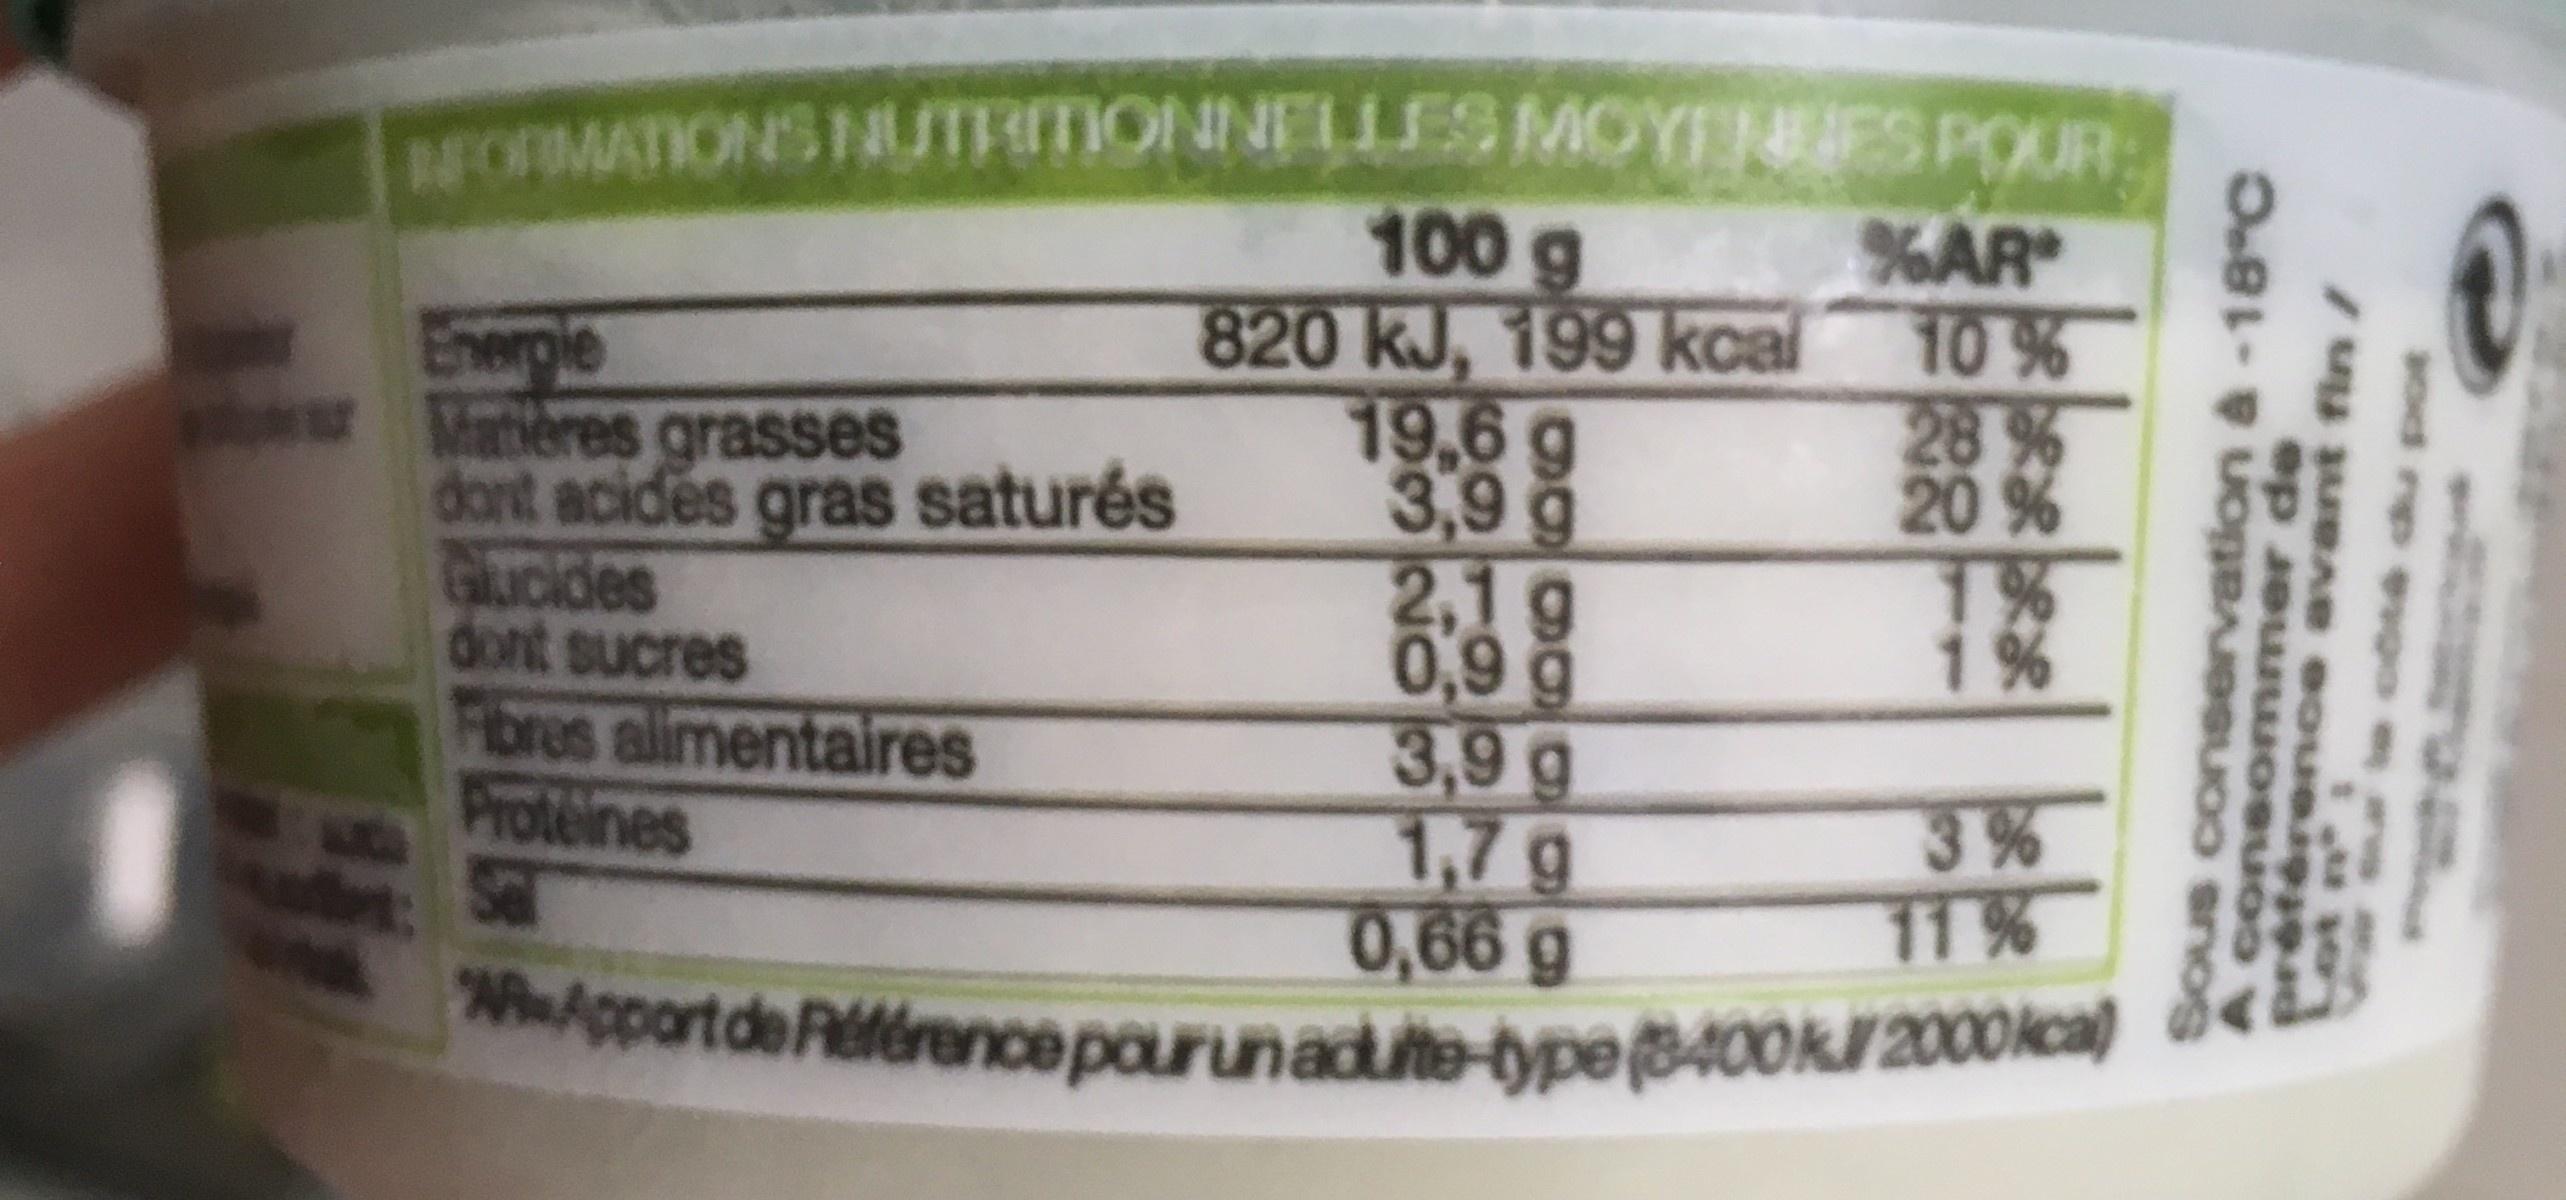
NFORMATIONS NUTRITIONNELLES MOYENNES POUR
100 g
%AR
820 kJ, 199 kcal
10 %
Energie
19,6 g
Matières grasses dont acides gras saturés
3,9 g
20 %
Glucides
2,1g
1%
dont sucres
0,9 g
1%
Fibres alimentaires
3,9 g
Proteines
1,7g
Sel
0,66 g
11 %
"W-Apport de Référence pour un adulte-type (8400 kJ/2000kcal)
Sous conservation & -18°C
posuno